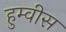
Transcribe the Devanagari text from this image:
हुम्वीस